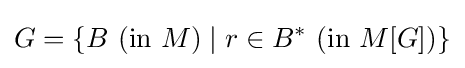
G=\left\{B~({\text{in }}M)\mid r\in B^{*}~({\text{in }}M[G])\right\}